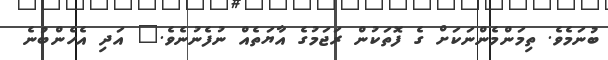
ބުނަމެވެ. ތިމަންމެންނަކަށް ގެ ފޮތަކުން ރަޖަމުގެ އާޔަތެއް ނުފެނުނެވެ." އަދި އެހެންބުނެ